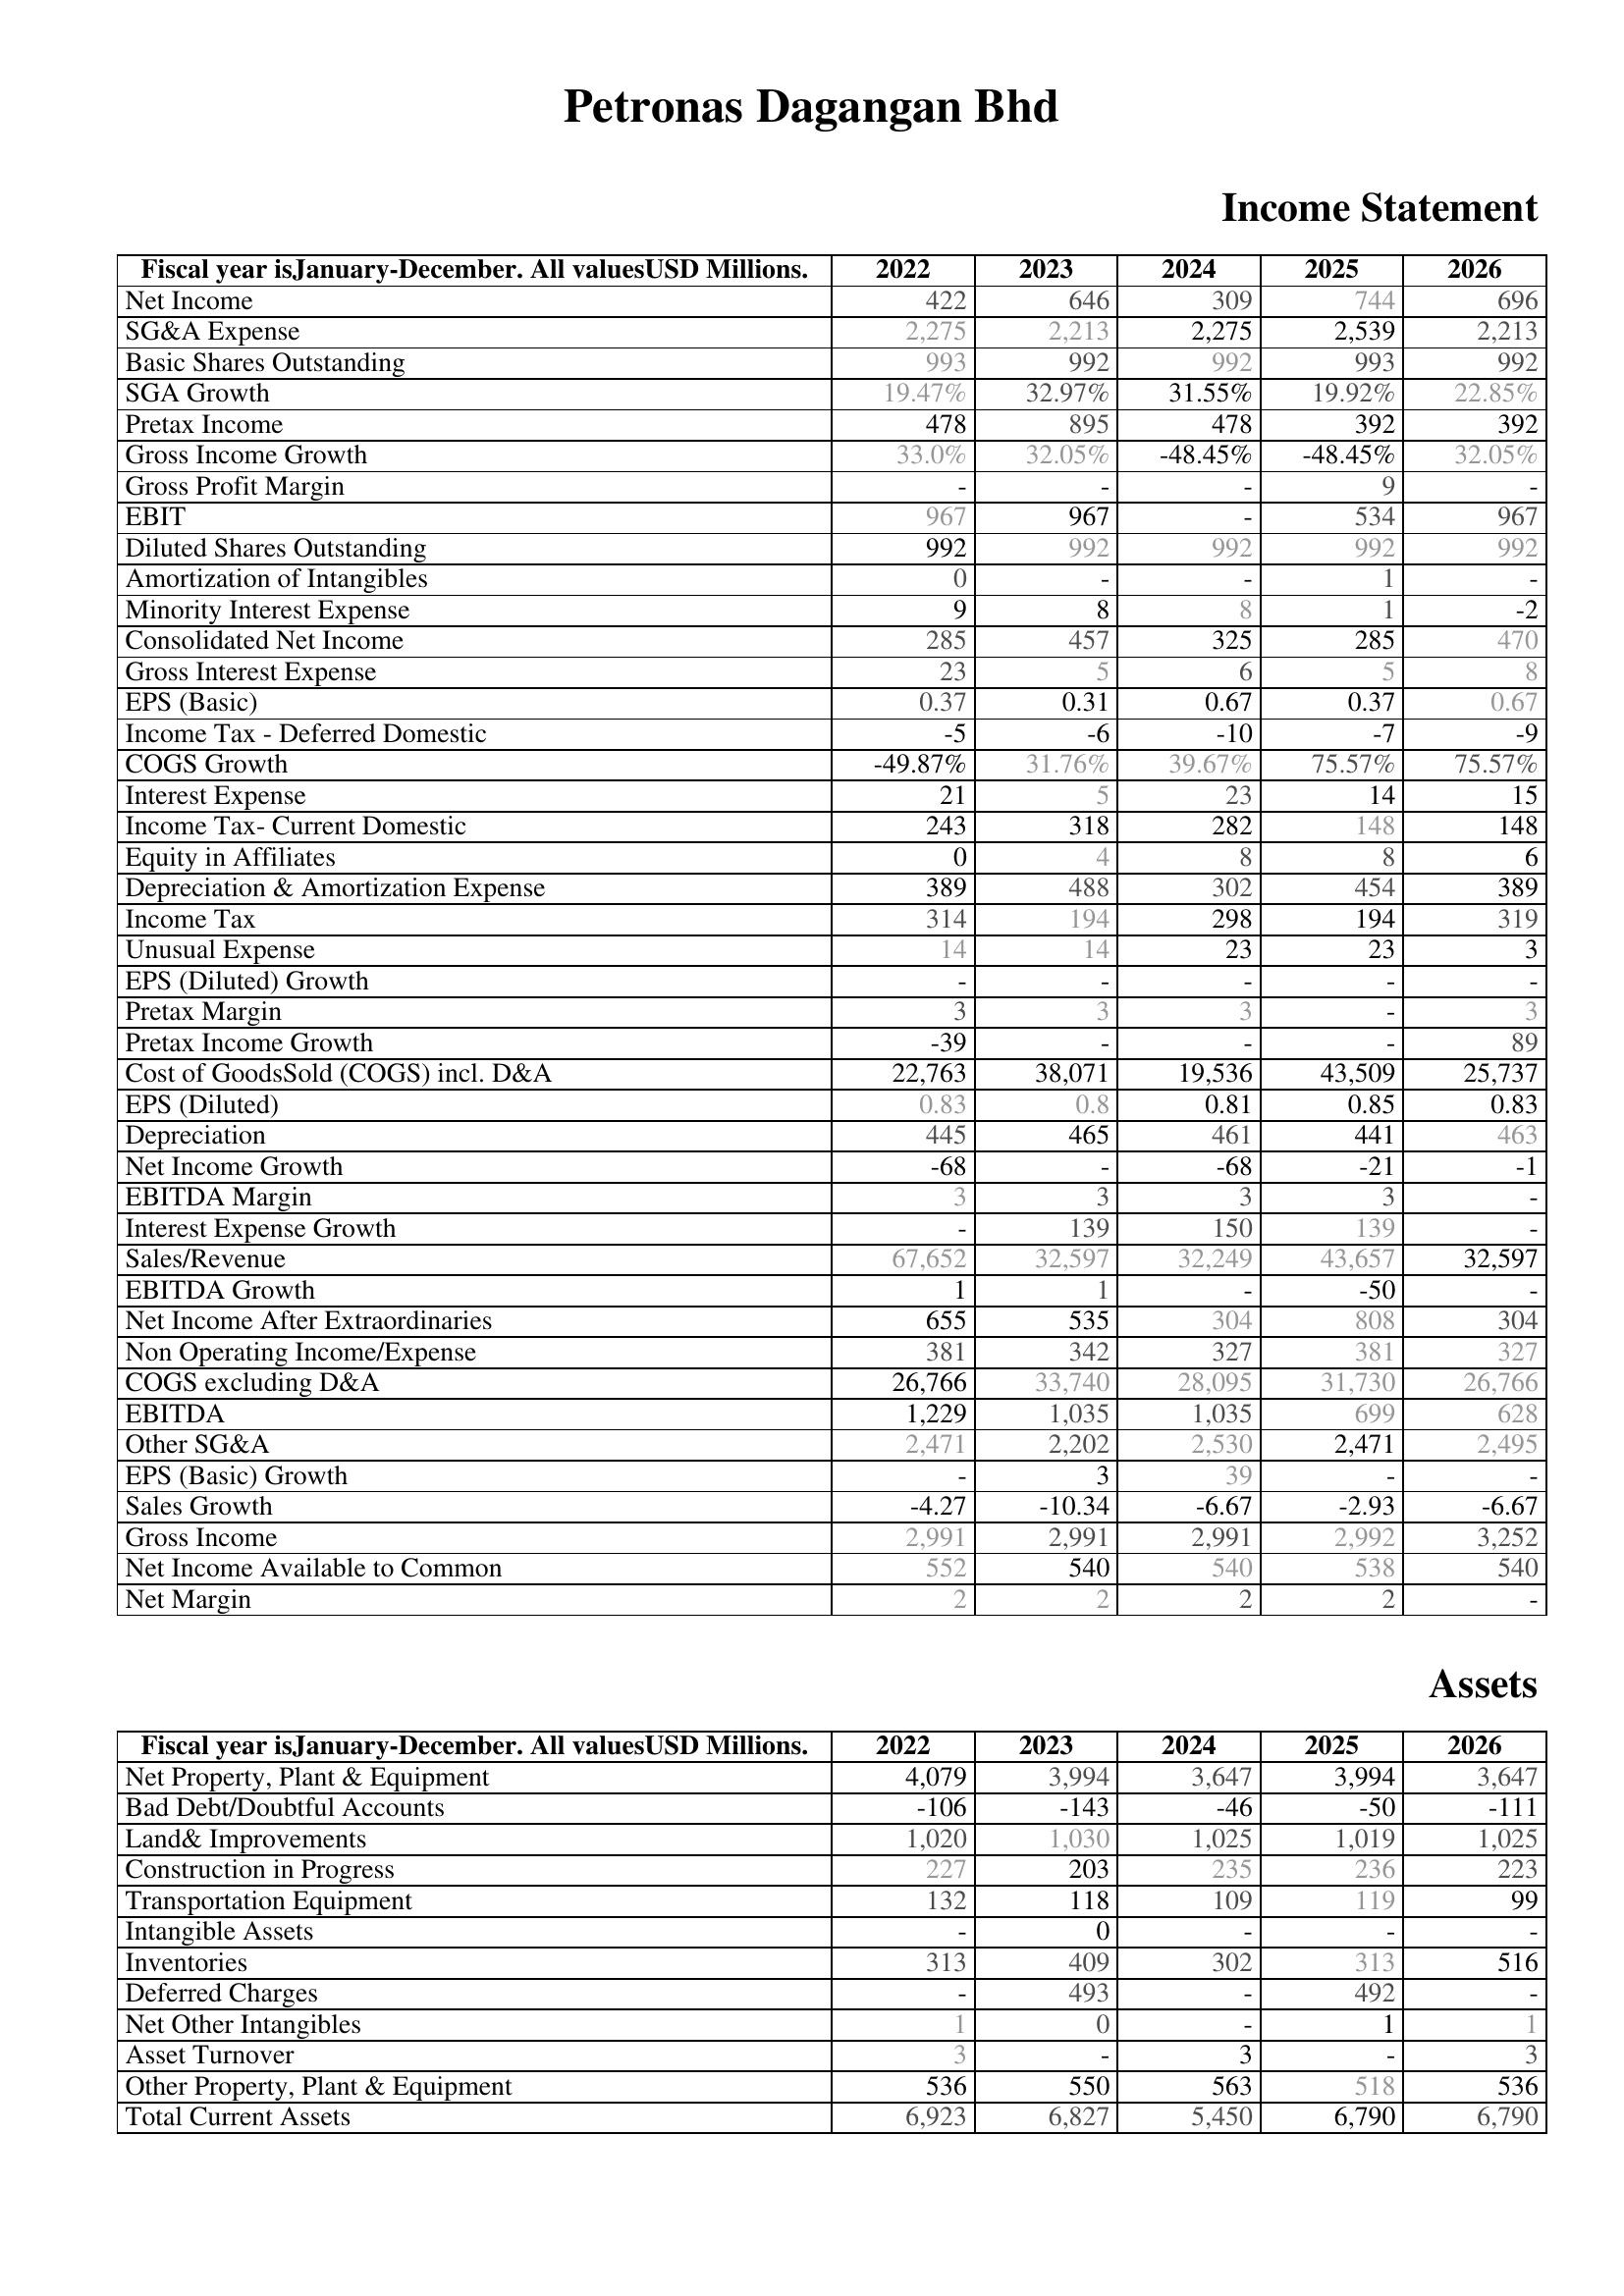
2022: Income Statement: Net Income: 422
SG&A Expense: 2,275
Basic Shares Outstanding: 993
SGA Growth: 19.47%
Pretax Income: 478
Gross Income Growth: 33.0%
Gross Profit Margin: -
EBIT: 967
Diluted Shares Outstanding: 992
Amortization of Intangibles: 0
Minority Interest Expense: 9
Consolidated Net Income: 285
Gross Interest Expense: 23
EPS (Basic): 0.37
Income Tax - Deferred Domestic: -5
COGS Growth: -49.87%
Interest Expense: 21
Income Tax- Current Domestic: 243
Equity in Affiliates: 0
Depreciation & Amortization Expense: 389
Income Tax: 314
Unusual Expense: 14
EPS (Diluted) Growth: -
Pretax Margin: 3
Pretax Income Growth: -39
Cost of GoodsSold (COGS) incl. D&A: 22,763
EPS (Diluted): 0.83
Depreciation: 445
Net Income Growth: -68
EBITDA Margin: 3
Interest Expense Growth: -
Sales/Revenue: 67,652
EBITDA Growth: 1
Net Income After Extraordinaries: 655
Non Operating Income/Expense: 381
COGS excluding D&A: 26,766
EBITDA: 1,229
Other SG&A: 2,471
EPS (Basic) Growth: -
Sales Growth: -4.27
Gross Income: 2,991
Net Income Available to Common: 552
Net Margin: 2
Assets: Net Property, Plant & Equipment: 4,079
Bad Debt/Doubtful Accounts: -106
Land& Improvements: 1,020
Construction in Progress: 227
Transportation Equipment: 132
Intangible Assets: -
Inventories: 313
Deferred Charges: -
Net Other Intangibles: 1
Asset Turnover: 3
Other Property, Plant & Equipment: 536
Total Current Assets: 6,923
2023: Income Statement: Net Income: 646
SG&A Expense: 2,213
Basic Shares Outstanding: 992
SGA Growth: 32.97%
Pretax Income: 895
Gross Income Growth: 32.05%
Gross Profit Margin: -
EBIT: 967
Diluted Shares Outstanding: 992
Amortization of Intangibles: -
Minority Interest Expense: 8
Consolidated Net Income: 457
Gross Interest Expense: 5
EPS (Basic): 0.31
Income Tax - Deferred Domestic: -6
COGS Growth: 31.76%
Interest Expense: 5
Income Tax- Current Domestic: 318
Equity in Affiliates: 4
Depreciation & Amortization Expense: 488
Income Tax: 194
Unusual Expense: 14
EPS (Diluted) Growth: -
Pretax Margin: 3
Pretax Income Growth: -
Cost of GoodsSold (COGS) incl. D&A: 38,071
EPS (Diluted): 0.8
Depreciation: 465
Net Income Growth: -
EBITDA Margin: 3
Interest Expense Growth: 139
Sales/Revenue: 32,597
EBITDA Growth: 1
Net Income After Extraordinaries: 535
Non Operating Income/Expense: 342
COGS excluding D&A: 33,740
EBITDA: 1,035
Other SG&A: 2,202
EPS (Basic) Growth: 3
Sales Growth: -10.34
Gross Income: 2,991
Net Income Available to Common: 540
Net Margin: 2
Assets: Net Property, Plant & Equipment: 3,994
Bad Debt/Doubtful Accounts: -143
Land& Improvements: 1,030
Construction in Progress: 203
Transportation Equipment: 118
Intangible Assets: 0
Inventories: 409
Deferred Charges: 493
Net Other Intangibles: 0
Asset Turnover: -
Other Property, Plant & Equipment: 550
Total Current Assets: 6,827
2024: Income Statement: Net Income: 309
SG&A Expense: 2,275
Basic Shares Outstanding: 992
SGA Growth: 31.55%
Pretax Income: 478
Gross Income Growth: -48.45%
Gross Profit Margin: -
EBIT: -
Diluted Shares Outstanding: 992
Amortization of Intangibles: -
Minority Interest Expense: 8
Consolidated Net Income: 325
Gross Interest Expense: 6
EPS (Basic): 0.67
Income Tax - Deferred Domestic: -10
COGS Growth: 39.67%
Interest Expense: 23
Income Tax- Current Domestic: 282
Equity in Affiliates: 8
Depreciation & Amortization Expense: 302
Income Tax: 298
Unusual Expense: 23
EPS (Diluted) Growth: -
Pretax Margin: 3
Pretax Income Growth: -
Cost of GoodsSold (COGS) incl. D&A: 19,536
EPS (Diluted): 0.81
Depreciation: 461
Net Income Growth: -68
EBITDA Margin: 3
Interest Expense Growth: 150
Sales/Revenue: 32,249
EBITDA Growth: -
Net Income After Extraordinaries: 304
Non Operating Income/Expense: 327
COGS excluding D&A: 28,095
EBITDA: 1,035
Other SG&A: 2,530
EPS (Basic) Growth: 39
Sales Growth: -6.67
Gross Income: 2,991
Net Income Available to Common: 540
Net Margin: 2
Assets: Net Property, Plant & Equipment: 3,647
Bad Debt/Doubtful Accounts: -46
Land& Improvements: 1,025
Construction in Progress: 235
Transportation Equipment: 109
Intangible Assets: -
Inventories: 302
Deferred Charges: -
Net Other Intangibles: -
Asset Turnover: 3
Other Property, Plant & Equipment: 563
Total Current Assets: 5,450
2025: Income Statement: Net Income: 744
SG&A Expense: 2,539
Basic Shares Outstanding: 993
SGA Growth: 19.92%
Pretax Income: 392
Gross Income Growth: -48.45%
Gross Profit Margin: 9
EBIT: 534
Diluted Shares Outstanding: 992
Amortization of Intangibles: 1
Minority Interest Expense: 1
Consolidated Net Income: 285
Gross Interest Expense: 5
EPS (Basic): 0.37
Income Tax - Deferred Domestic: -7
COGS Growth: 75.57%
Interest Expense: 14
Income Tax- Current Domestic: 148
Equity in Affiliates: 8
Depreciation & Amortization Expense: 454
Income Tax: 194
Unusual Expense: 23
EPS (Diluted) Growth: -
Pretax Margin: -
Pretax Income Growth: -
Cost of GoodsSold (COGS) incl. D&A: 43,509
EPS (Diluted): 0.85
Depreciation: 441
Net Income Growth: -21
EBITDA Margin: 3
Interest Expense Growth: 139
Sales/Revenue: 43,657
EBITDA Growth: -50
Net Income After Extraordinaries: 808
Non Operating Income/Expense: 381
COGS excluding D&A: 31,730
EBITDA: 699
Other SG&A: 2,471
EPS (Basic) Growth: -
Sales Growth: -2.93
Gross Income: 2,992
Net Income Available to Common: 538
Net Margin: 2
Assets: Net Property, Plant & Equipment: 3,994
Bad Debt/Doubtful Accounts: -50
Land& Improvements: 1,019
Construction in Progress: 236
Transportation Equipment: 119
Intangible Assets: -
Inventories: 313
Deferred Charges: 492
Net Other Intangibles: 1
Asset Turnover: -
Other Property, Plant & Equipment: 518
Total Current Assets: 6,790
2026: Income Statement: Net Income: 696
SG&A Expense: 2,213
Basic Shares Outstanding: 992
SGA Growth: 22.85%
Pretax Income: 392
Gross Income Growth: 32.05%
Gross Profit Margin: -
EBIT: 967
Diluted Shares Outstanding: 992
Amortization of Intangibles: -
Minority Interest Expense: -2
Consolidated Net Income: 470
Gross Interest Expense: 8
EPS (Basic): 0.67
Income Tax - Deferred Domestic: -9
COGS Growth: 75.57%
Interest Expense: 15
Income Tax- Current Domestic: 148
Equity in Affiliates: 6
Depreciation & Amortization Expense: 389
Income Tax: 319
Unusual Expense: 3
EPS (Diluted) Growth: -
Pretax Margin: 3
Pretax Income Growth: 89
Cost of GoodsSold (COGS) incl. D&A: 25,737
EPS (Diluted): 0.83
Depreciation: 463
Net Income Growth: -1
EBITDA Margin: -
Interest Expense Growth: -
Sales/Revenue: 32,597
EBITDA Growth: -
Net Income After Extraordinaries: 304
Non Operating Income/Expense: 327
COGS excluding D&A: 26,766
EBITDA: 628
Other SG&A: 2,495
EPS (Basic) Growth: -
Sales Growth: -6.67
Gross Income: 3,252
Net Income Available to Common: 540
Net Margin: -
Assets: Net Property, Plant & Equipment: 3,647
Bad Debt/Doubtful Accounts: -111
Land& Improvements: 1,025
Construction in Progress: 223
Transportation Equipment: 99
Intangible Assets: -
Inventories: 516
Deferred Charges: -
Net Other Intangibles: 1
Asset Turnover: 3
Other Property, Plant & Equipment: 536
Total Current Assets: 6,790